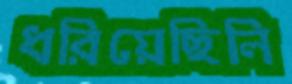
ধরিয়েছিলি